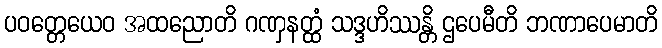
ပဝတ္တေယေဝ အထညောတိ ဂဏှနတ္ထံ သဒ္ဒဟိဿန္တိ ဌပေမီတိ ဘဏာပေမာတိ